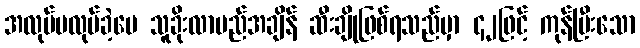
အလုပ်မလုပ်ခဲ့ပေ သူခိုးလာမည်အချိန် ဆီးချိုဖြစ်ရသည်မှာ ၄၂ဖြင့် ကုန်ပြီးသော